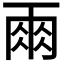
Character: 𮦆